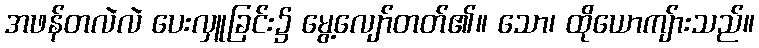
အဖန်တလဲလဲ ပေးလှူခြင်း၌ မွေ့လျော်တတ်၏။ သော၊ ထိုယောကျ်ားသည်။